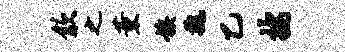
歙之薰族魏乙按